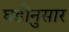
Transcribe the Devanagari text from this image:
घडीनुसार